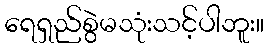
ရေရှည်စွဲမသုံးသင့်ပါဘူး။